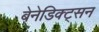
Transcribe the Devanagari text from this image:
बेनेडिक्ट्सन